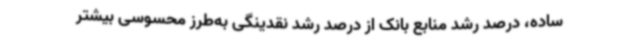
ساده، درصد رشد منابع بانک از درصد رشد نقدینگی به‌طرز محسوسی بیشتر